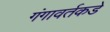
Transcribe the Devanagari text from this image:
गंगावर्तकडे